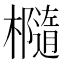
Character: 㰐